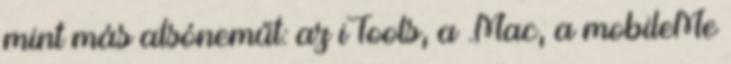
mint más alsóneműt: az iTools, a .Mac, a mobileMe